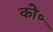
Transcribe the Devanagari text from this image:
को॰